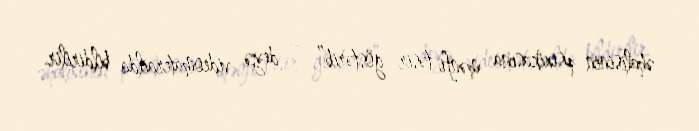
əhalisinin psixikasına mənfi təsir göstərib”, – deyə videomaterailda bildirilir.